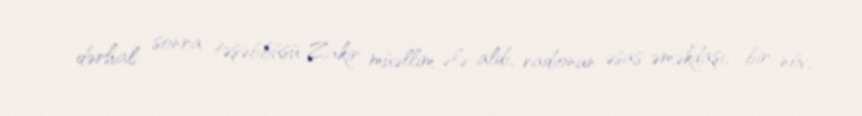
dərhal sonra təşəbbüsü Zakir müəllim ələ aldı, radionun əsas əməkdaşı, bir növ,